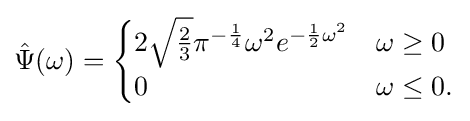
{\hat {\Psi }}(\omega )={\begin{cases}2{\sqrt {\frac {2}{3}}}\pi ^{-{\frac {1}{4}}}\omega ^{2}e^{-{\frac {1}{2}}\omega ^{2}}&\omega \geq 0\\0&\omega \leq 0.\end{cases}}